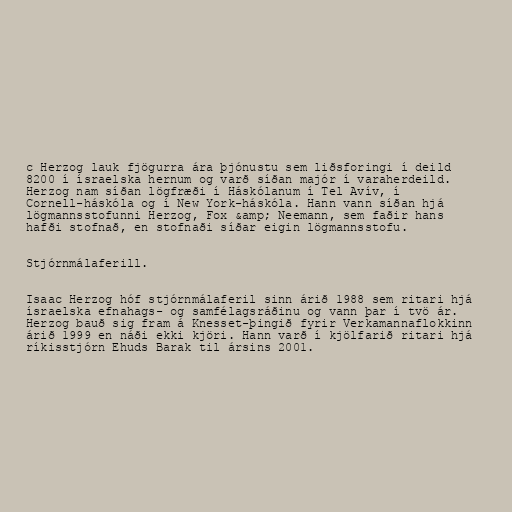
c Herzog lauk fjögurra ára þjónustu sem liðsforingi í deild
8200 í ísraelska hernum og varð síðan majór í varaherdeild.
Herzog nam síðan lögfræði í Háskólanum í Tel Avív, í
Cornell-háskóla og í New York-háskóla. Hann vann síðan hjá
lögmannsstofunni Herzog, Fox &amp; Neemann, sem faðir hans
hafði stofnað, en stofnaði síðar eigin lögmannsstofu.

Stjórnmálaferill.

Isaac Herzog hóf stjórnmálaferil sinn árið 1988 sem ritari hjá
ísraelska efnahags- og samfélagsráðinu og vann þar í tvö ár.
Herzog bauð sig fram á Knesset-þingið fyrir Verkamannaflokkinn
árið 1999 en náði ekki kjöri. Hann varð í kjölfarið ritari hjá
ríkisstjórn Ehuds Barak til ársins 2001.